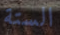
الستة